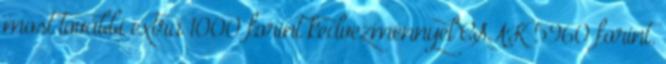
most további extra 1000 forint kedvezménnyel CSAK 5960 forint.